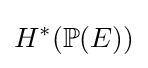
H^{*}(\mathbb {P} (E))